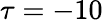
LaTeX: \tau=-10